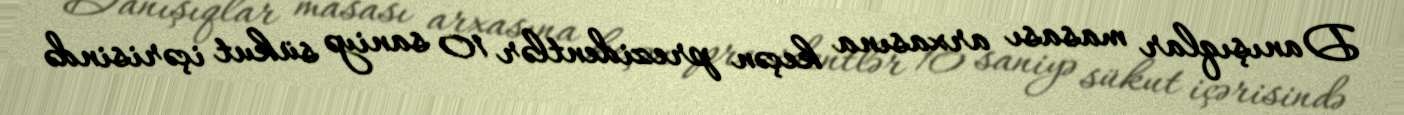
Danışıqlar masası arxasına keçən prezidentlər 10 saniyə sükut içərisində